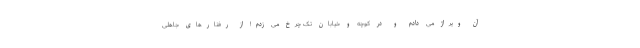
آن ویراژ می دادم و در کوچه و خیابان تک چرخ می زدم! از رفتارهای جاهلی